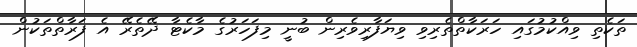
ތަކެތި ވިއްކުމުގައި ހަރަކާތްތެރިވި ވިޔަފާރިވެރިން ބުނީ މިފަހަރުގެ މާކެޓާ ދޭތެރޭ އެ ފަރާތްތަކުން